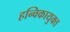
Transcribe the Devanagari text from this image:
हन्विकायुक्त